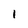
Character: I